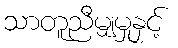
သာတူညီမျှမှုနှင့်